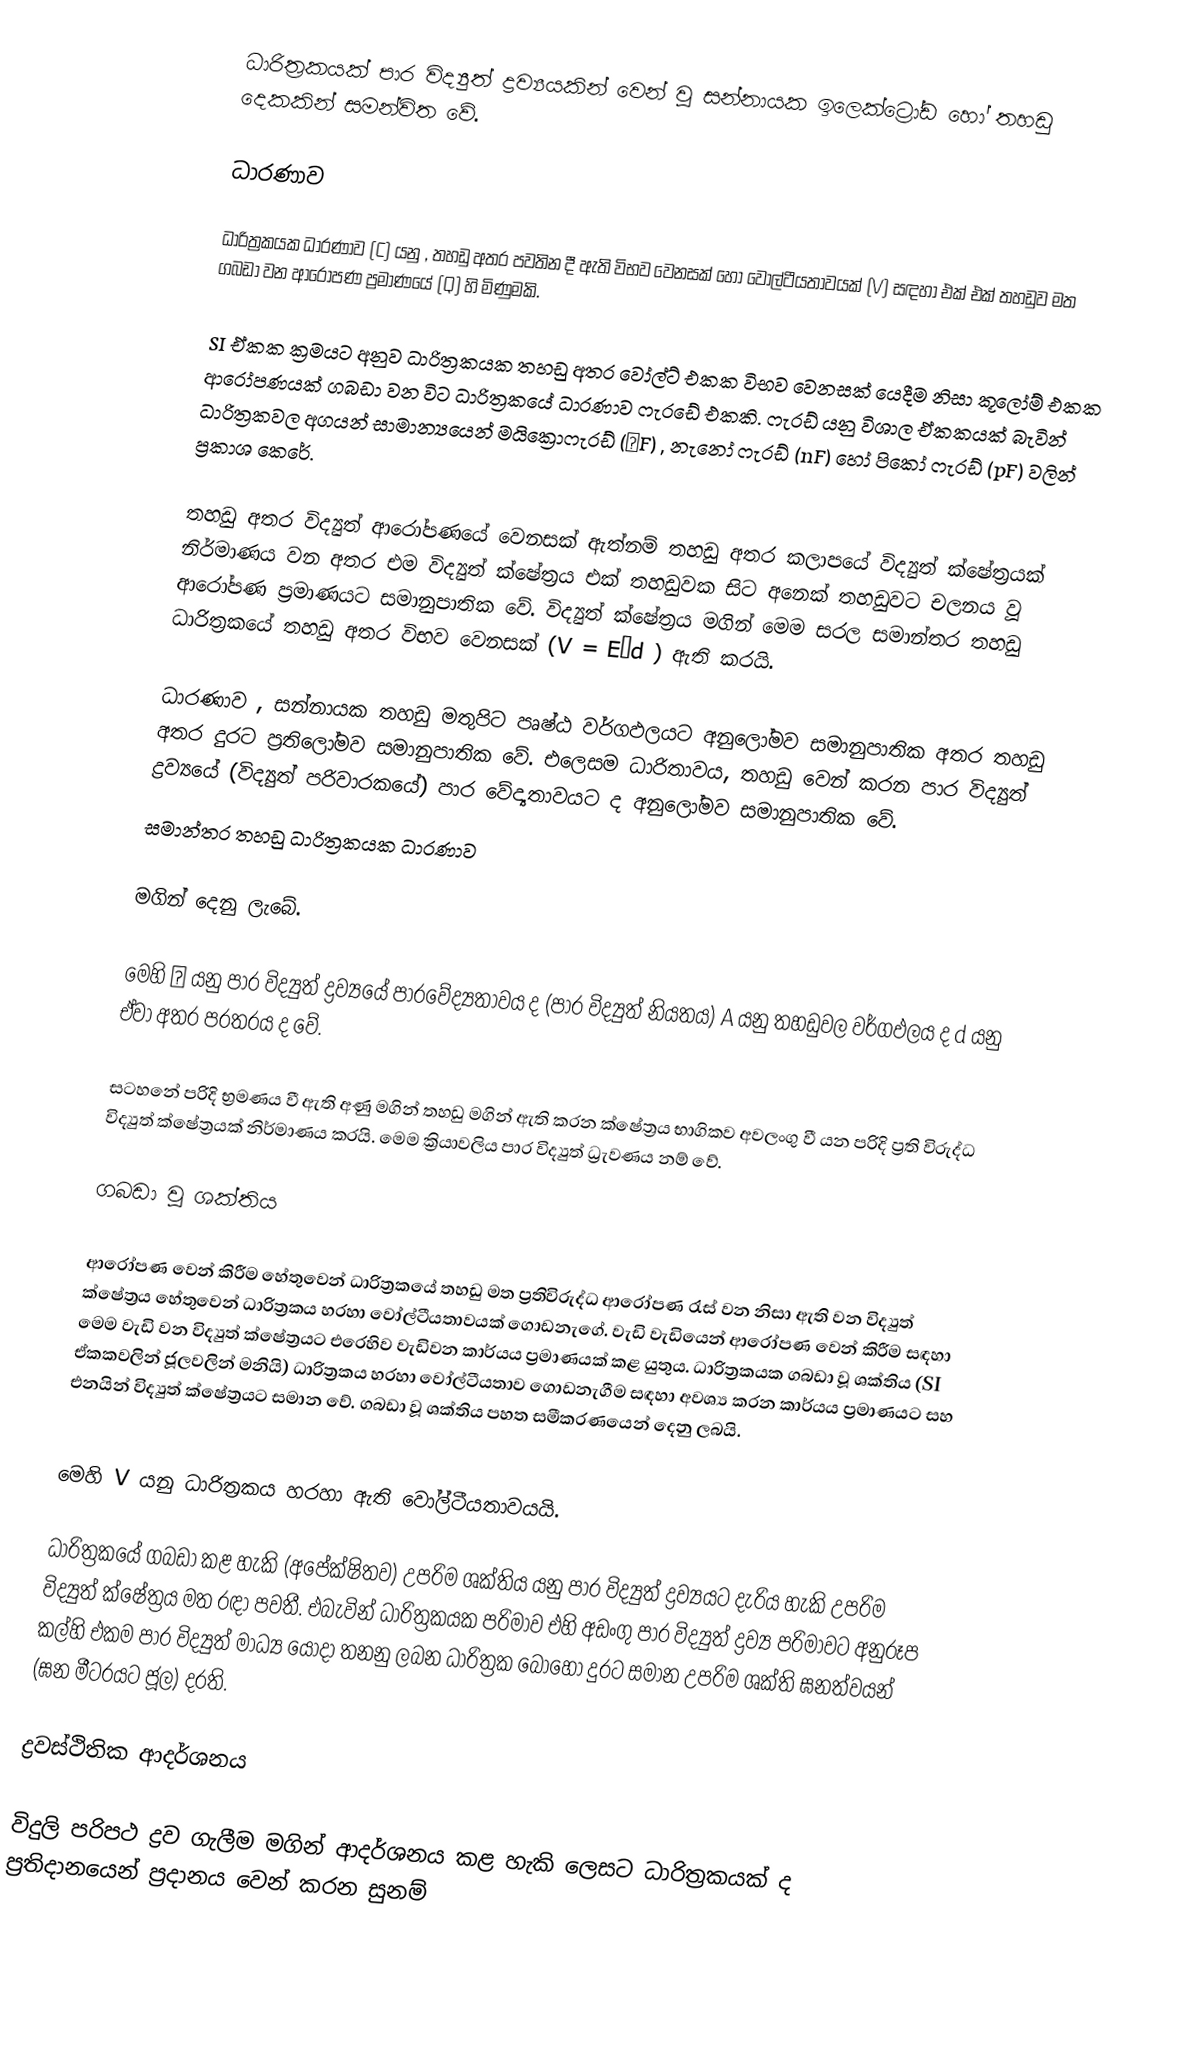
ධාරිත්‍රකයක් පාර විද්‍යුත් ද්‍රව්‍යයකින් වෙන් වූ සන්නායක ඉලෙක්ට්‍රෝඩ හෝ තහඩු දෙකකින් සමන්විත වේ.

ධාරණාව

ධාරිත්‍රකයක ධාරණාව (C) යනු , තහඩු අතර පවතින දී ඇති විභව වෙනසක් හෝ වෝල්ටීයතාවයක් (V) සඳහා එක් එක් තහඩුව මත ගබඩා වන ආරෝපණ ප්‍රමාණයේ (Q) හි මිණුමකි.

SI ඒකක ක්‍රමයට අනුව ධාරිත්‍රකයක තහඩු අතර වෝල්ට් එකක විභව වෙනසක් යෙදීම නිසා කූලෝම් එකක ආරෝපණයක් ගබඩා වන විට ධාරිත්‍රකයේ ධාරණාව ෆැරඩේ එකකි. ෆැරඩ් යනු විශාල ඒකකයක් බැවින් ධාරිත්‍රකවල අගයන් සාමාන්‍යයෙන් මයික්‍රො‍ෆැරඩ් (µF) , නැනෝ ෆැරඩ් (nF) හෝ පිකෝ ෆැරඩ් (pF) වලින් ප්‍රකාශ කෙරේ.

තහඩු අතර විද්‍යුත් ආරෝපණයේ වෙනසක් ඇත්නම් තහඩු අතර කලාපයේ විද්‍යුත් ක්ෂේත්‍රයක් නිර්මාණය වන අතර එම විද්‍යුත් ක්ෂේත්‍රය එක් තහඩුවක සිට අනෙක් තහඩුවට චලනය වූ ආරෝපණ ප්‍රමාණයට සමානුපාතික වේ. විද්‍යුත් ක්ෂේත්‍රය මගින් මෙම සරල සමාන්තර තහඩු ධාරිත්‍රකයේ තහඩු අතර විභව වෙනසක් (V = E•d ) ඇති කරයි.

ධාරණාව , සන්නායක තහඩු මතුපිට පෘෂ්ඨ වර්ගඵලයට අනුලෝමව සමානුපාතික අතර තහඩු අතර දුරට ප්‍රතිලෝමව සමානුපාතික වේ. එලෙසම ධාරිතාවය, තහඩු වෙන් කරන පාර විද්‍යුත් ද්‍රව්‍යයේ (විද්‍යුත් පරිවාරකයේ) පාර වේද්‍යතාවයට ද අනුලෝමව සමානුපාතික වේ.
සමාන්තර තහඩු ධාරිත්‍රකයක ධාරණාව

  මගින් දෙනු ලැබේ.

මෙහි ε යනු පාර විද්‍යුත් ද්‍රව්‍යයේ පාරවේද්‍යතාවය ද (පාර විද්‍යුත් නියතය) A යනු තහඩුවල වර්ගඵලය ද d  යනු ඒවා අතර පරතරය ද වේ.

සටහනේ පරිදි භ්‍රමණය වී ඇති අණු මගින් තහඩු මගින් ඇති කරන ක්ෂේත්‍රය භාගිකව අවලංගු වී යන පරිදි ප්‍රති විරුද්ධ විද්‍යුත් ක්ෂේත්‍රයක් නිර්මාණය කරයි. මෙම ක්‍රියාවලිය පාර විද්‍යුත් ධ්‍රැවණය නම් වේ.

ගබඩා වූ ශක්තිය

ආරෝපණ වෙන් කිරීම හේතුවෙන් ධාරිත්‍රකයේ තහඩු මත ප්‍රතිවිරුද්ධ ආරෝපණ රැස් වන නිසා ඇති වන විද්‍යුත් ක්ෂේත්‍රය හේතුවෙන් ධාරිත්‍රකය හරහා වෝල්ටීයතාවයක් ගොඩනැගේ. වැඩි වැඩියෙන් ආරෝපණ වෙන් කිරීම සඳහා මෙම වැඩි වන විද්‍යුත් ක්ෂේත්‍රයට එරෙහිව වැඩිවන කාර්යය ප්‍රමාණයක් කළ යුතුය. ධාරිත්‍රකයක ගබඩා වූ ශක්තිය (SI ඒකකවලින් ජූලවලින් මනියි) ධාරිත්‍රකය හරහා වෝල්ටීයතාව ගොඩනැගීම සඳහා අවශ්‍ය කරන කාර්යය ප්‍රමාණයට සහ එනයින් විද්‍යුත් ක්ෂේත්‍රයට සමාන වේ. ගබඩා වූ ශක්තිය පහත  සමීකරණයෙන් දෙනු ලබයි.

මෙහි V  යනු ධාරිත්‍රකය හරහා ඇති වෝල්ටීයතාවයයි.

ධාරිත්‍රකයේ ගබඩා කළ හැකි (අපේක්ෂිතව) උපරිම ශක්තිය යනු පාර විද්‍යුත් ද්‍රව්‍යයට දැරිය හැකි උපරිම විද්‍යුත් ක්ෂේත්‍රය මත රඳා පවතී. එබැවින් ධාරිත්‍රකයක පරිමාව එහි අඩංගු පාර විද්‍යුත් ද්‍රව්‍ය පරිමාවට අනුරූප කල්හි එකම පාර විද්‍යුත් මාධ්‍ය යොදා තනනු ලබන ධාරිත්‍රක බොහෝ දුරට සමාන උපරිම ශක්ති ඝනත්වයන් (ඝන මීටරයට ජූල) දරති.

ද්‍රවස්ථිතික ආදර්ශනය

විදුලි පරිපථ ද්‍රව ගැලීම මගින් ආදර්ශනය කළ හැකි ලෙසට ධාරිත්‍රකයක් ද ප්‍රතිදානයෙන් ප්‍රදානය වෙන් කරන සුනම්‍